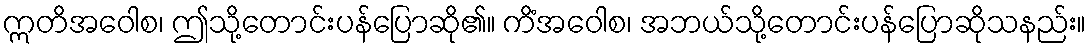
ဣတိအဝေါစ၊ ဤသို့တောင်းပန်ပြောဆို၏။ ကိံအဝေါစ၊ အဘယ်သို့တောင်းပန်ပြောဆိုသနည်း။